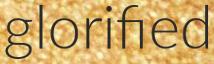
glorified